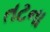
તટના